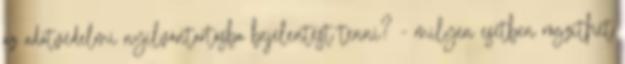
az adatvédelmi nyilvántartásba bejelentést tenni? - milyen esetben rögzíthet